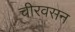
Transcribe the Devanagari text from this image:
चीरवसन